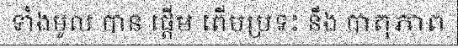
ទាំងមូល បាន ផ្តើម ពើបប្រទះ នឹង បាតុភាព